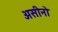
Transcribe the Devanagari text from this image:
असीनो